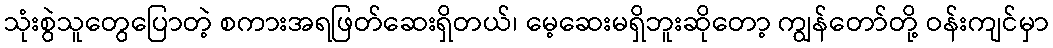
သုံးစွဲသူတွေပြောတဲ့ စကားအရဖြတ်ဆေးရှိတယ်၊ မေ့ဆေးမရှိဘူးဆိုတော့ ကျွန်တော်တို့ ဝန်းကျင်မှာ